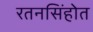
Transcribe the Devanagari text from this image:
रतनसिंहोत